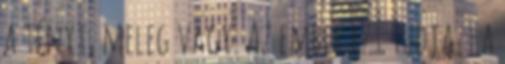
a tényt, meleg vagy. Az ember ezt tudja. Ha